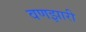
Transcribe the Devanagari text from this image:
वणझारी